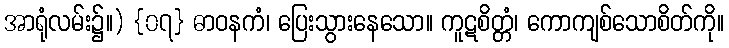
အာရုံလမ်း၌။) {၀၇} ဓာဝနကံ၊ ပြေးသွားနေသော။ ကူဋစိတ္တံ၊ ကောကျစ်သောစိတ်ကို။